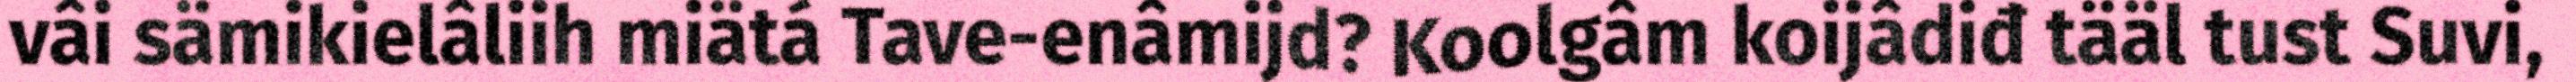
vâi sämikielâliih miätá Tave-enâmijd? Koolgâm koijâdiđ tääl tust Suvi,